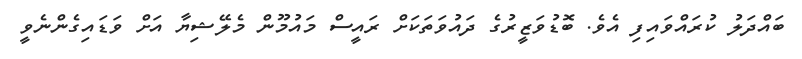
ބައްދަލު ކުރައްވައިފި އެވެ. ބޮޑުވަޒީރުގެ ދައުވަތަކަށް ރައީސް މައުމޫން މެލޭޝިޔާ އަށް ވަޑައިގެންނެވީ